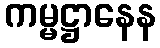
ကမ္မဋ္ဌာနေန